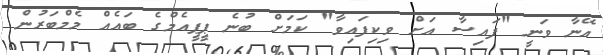
އޭނާ ވަނީ "ފައިސާ އަށް ވިކިފައިވާ" ކަމަށް ބުނެ ޕީޕީއެމްގެ ބައެއް މެމްބަރުން